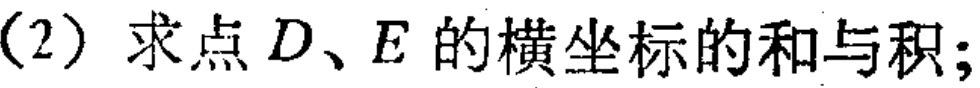
(2) 求点 \(D、E\) 的横坐标的和与积；